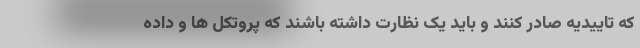
که تاییدیه صادر کنند و باید یک نظارت داشته باشند که پروتکل ها و داده